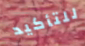
للتأكيد